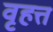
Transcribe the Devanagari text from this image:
वृहत्त